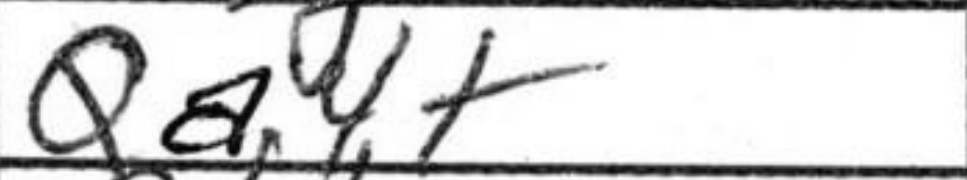
Transcription: Qa4+